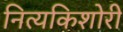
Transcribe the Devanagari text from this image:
नित्यकिशोरी